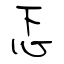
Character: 忑